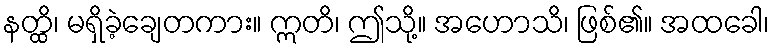
နတ္ထိ၊ မရှိခဲ့ချေတကား။ ဣတိ၊ ဤသို့။ အဟောသိ၊ ဖြစ်၏။ အထခေါ၊